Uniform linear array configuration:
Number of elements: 24
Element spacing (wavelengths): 0.5
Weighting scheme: hamming
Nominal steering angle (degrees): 30
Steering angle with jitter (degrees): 28.961
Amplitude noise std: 0.05
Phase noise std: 0.05

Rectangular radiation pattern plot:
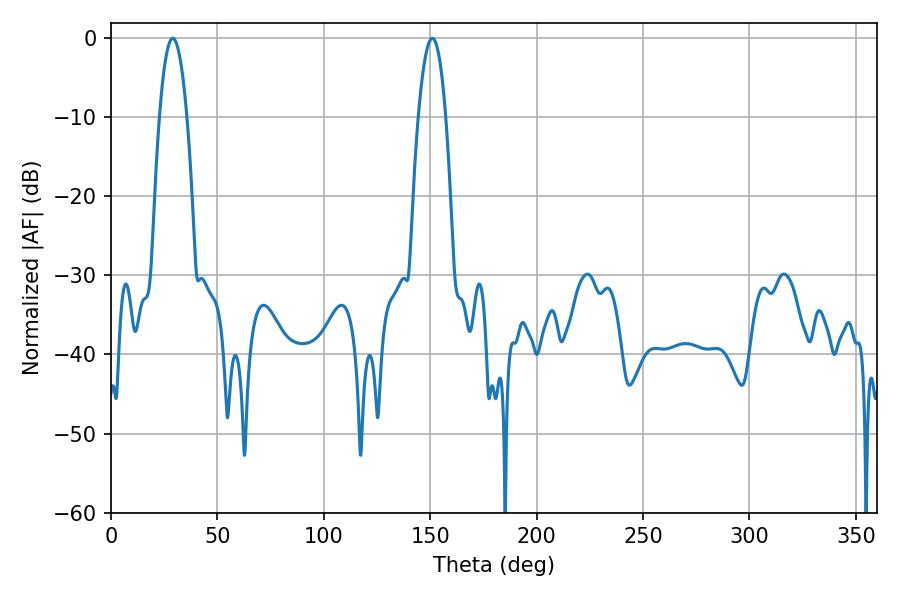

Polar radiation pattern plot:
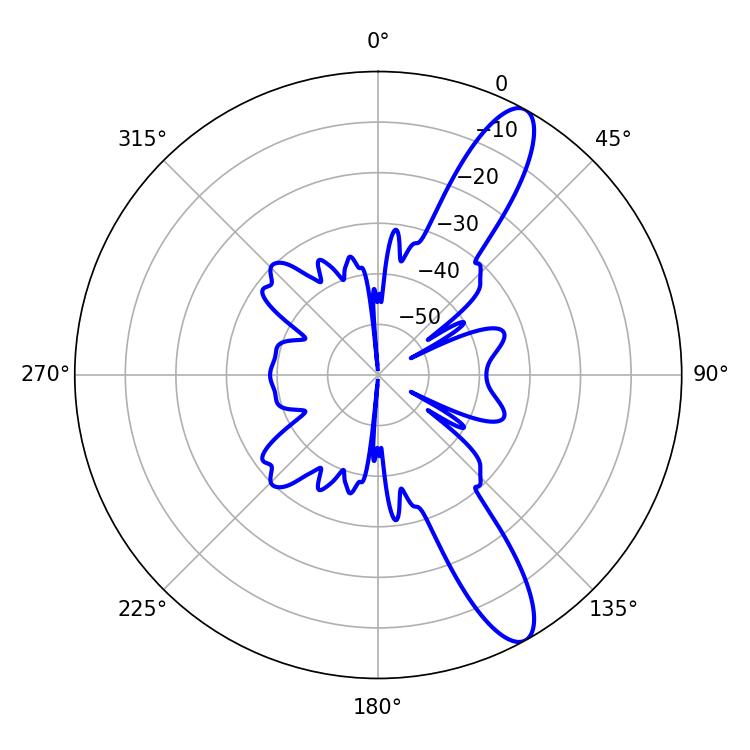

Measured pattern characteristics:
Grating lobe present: FALSE
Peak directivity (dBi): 11.872
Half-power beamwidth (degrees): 7.02
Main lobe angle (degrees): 28.98